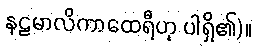
နဠမာလိကာထေရီဟု ပါရှိ၏)။